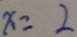
x = 2